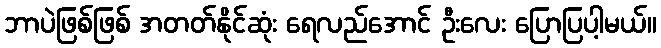
ဘာပဲဖြစ်ဖြစ် အတတ်နိုင်ဆုံး ရေလည်အောင် ဦးလေး ပြောပြပါ့မယ်။